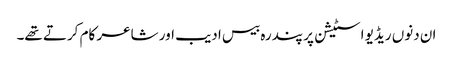
ان دنوں ریڈیو اسٹیشن پر پندرہ بیس ادیب اور شاعر کام کرتے تھے۔